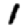
Digit: 1